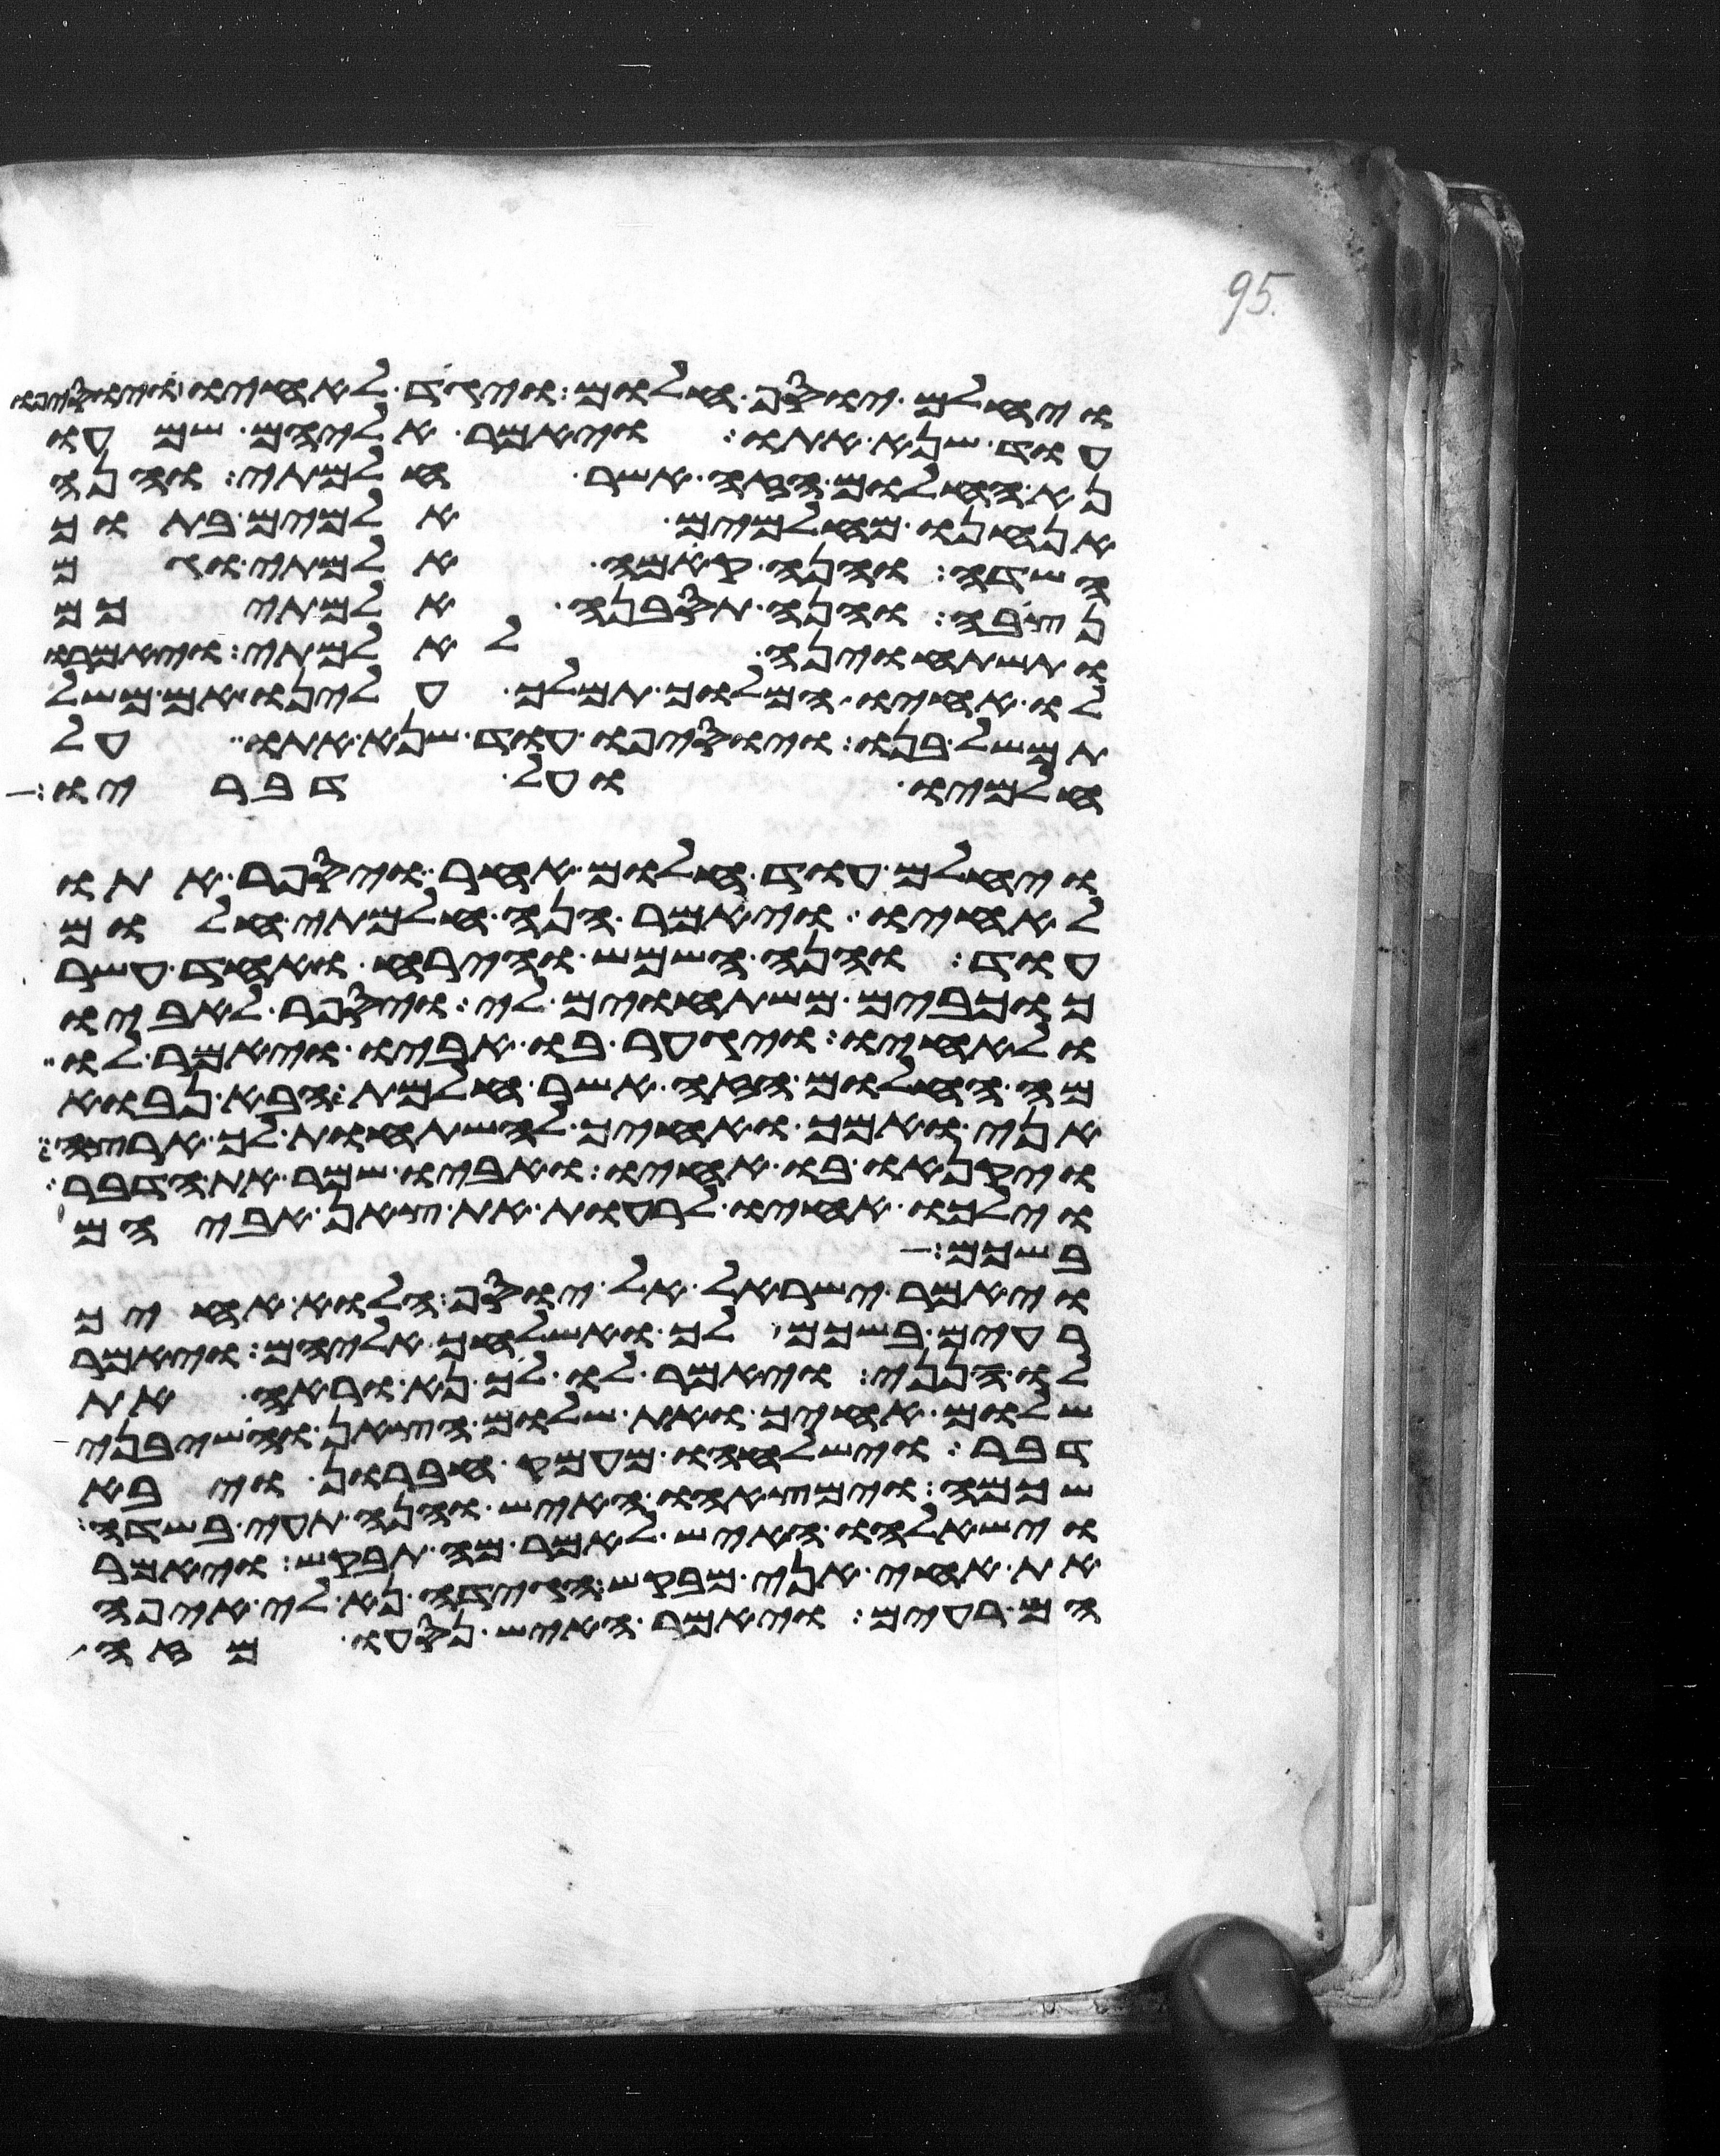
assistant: ויחלם יוסף חלום ויגד לאחיו ויוסיפו
עוד שנא אתו ויאמר אליהם שמעו
נא החלום הזה אשר חלמתי והנה
אנחנו מאלמים אלמים בתוך
השדה והנה קמה אלמתי וגם
נצבה והנה תסבנה אלמתיכם
ותשתחוינה לאלמתי ויאמרו
לו אחיו המלוך תמלך עלינו אם משל
תמשל בנו ויוסיפו עוד שנא אתו על
חלמיו ועל דבריו
ויחלם עוד חלום אחר ויספר אתו
לאחיו ויאמר הנה חלמתי חלום
עוד והנה השמש והירח ואחד עשר
כוכבים משתחוים לי ויספר לאביו
ולאחיו ויגער בו אביו ויאמר לו
מה החלום הזה אשר חלמת הבא נבוא
אני ואמך ואחיך להשתחות לך ארצה
ויקנאו בו אחיו ואביו שמר את הדבר
וילכו אחיו לרעות את צאן אביהם
בשכם
ויאמר ישראל אל יוסף הלוא אחיך
רעים בשכם לך ואשלחך אליהם ויאמר
לו הנני ויאמר לו לך נא וראה את
שלום אחיך ואת שלום הצאן והשבני
דבר וישלחהו מעמק חברון ויבא
שכמה וימצאהו האיש והנה תעה בשדה
וישאלהו האיש לאמר מה תבקש ויאמר
את אחי אני מבקש הגידה נא לי איפה
הם רעים ויאמר האיש נסעו מזה